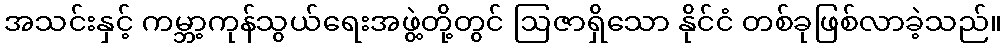
အသင်းနှင့် ကမ္ဘာ့ကုန်သွယ်ရေးအဖွဲ့တို့တွင် ဩဇာရှိသော နိုင်ငံ တစ်ခုဖြစ်လာခဲ့သည်။